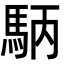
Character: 𮩺